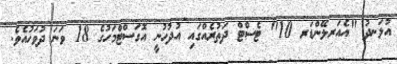
އުޅަނދު "އެއަރލޭންޑަރ 10" ޓެސްޓް ދަތުރެއްގައި އުދުހުނީ އޮގަސްޓްމަހުގެ 18 ވަނަ ދުވަހުއެވެ.